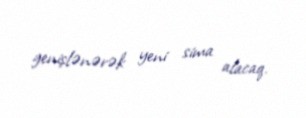
genişlənərək yeni sima alacaq.